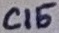
Text: C15